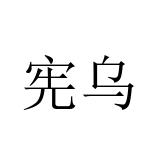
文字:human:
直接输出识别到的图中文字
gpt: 宪乌